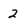
Character: 2